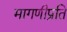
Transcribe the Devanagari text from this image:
मागणीप्रति